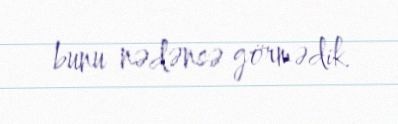
bunu nədənsə görmədik.